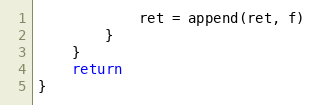
Language: Go
			ret = append(ret, f)
		}
	}
	return
}